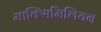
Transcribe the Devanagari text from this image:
माक्सिमिलियन